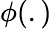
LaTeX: \phi(.)